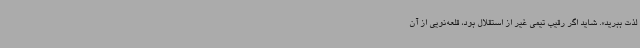
لذت ببرید». شاید اگر رقیب تیمی غیر از استقلال بود، قلعه‌نویی از آن